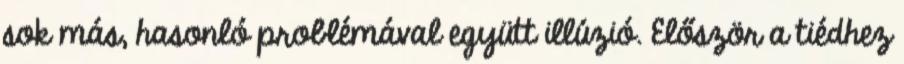
sok más, hasonló problémával együtt illúzió. Először a tiédhez